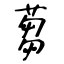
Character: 蒭